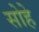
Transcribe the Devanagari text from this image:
सोहे